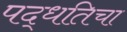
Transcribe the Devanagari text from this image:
पद्धतिचा